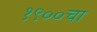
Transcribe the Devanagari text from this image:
१९००चा